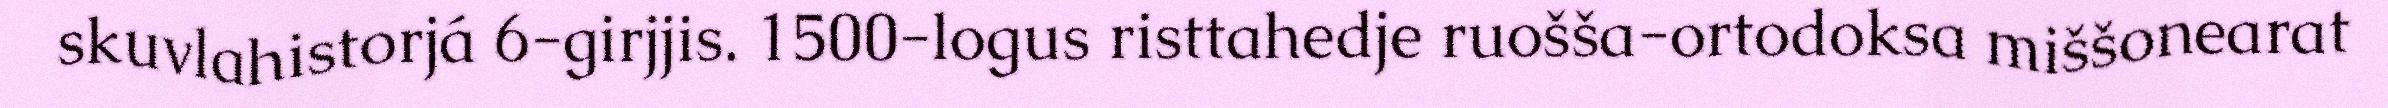
skuvlahistorjá 6-girjjis. 1500-logus risttahedje ruošša-ortodoksa miššonearat